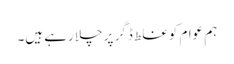
ہم عوام کو غلط ڈگر پر چلا رہے ہیں۔